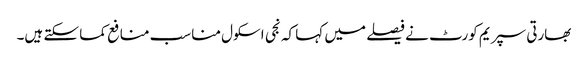
بھارتی سپریم کورٹ نے فیصلے میں کہا کہ نجی اسکول مناسب منافع کما سکتے ہیں۔